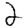
Digit: 2